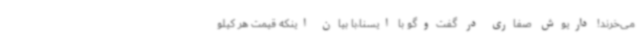
می‌خرند! داریوش صفاری در گفت‌وگو با ایسنا،با بیان اینکه قیمت هر کیلو